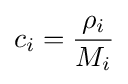
c_{i}={\frac {\rho _{i}}{M_{i}}}